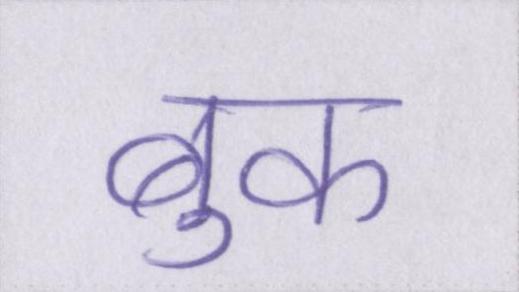
बुक